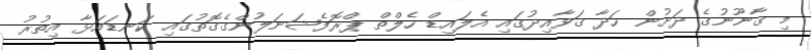
މި ޤާނޫނުގެ ދަށުން ހަދާ ޤަވާއިދުގައި އެލައިޑް ހެލްތް ޕްރޮފެޝަނަލުންގެގޮތުގައި ކަނޑައަޅާ އިތުރު